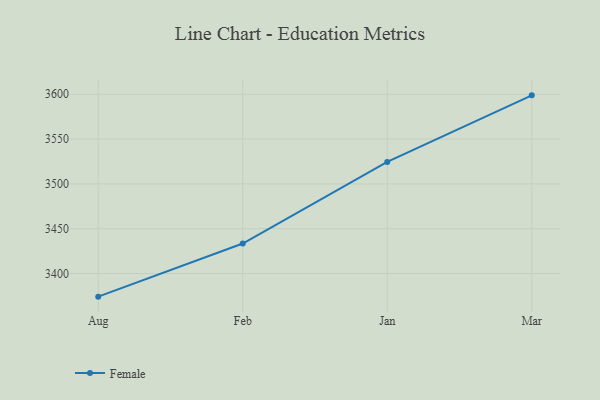
{"axis": {"x": "Month", "y": "Gross Profit (USD K)"}, "legend": ["Female"], "data": [{"x": "Aug", "y": 3374.2, "type": "Female"}, {"x": "Feb", "y": 3433.5, "type": "Female"}, {"x": "Jan", "y": 3524.5, "type": "Female"}, {"x": "Mar", "y": 3598.8, "type": "Female"}]}